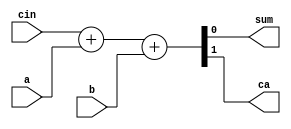
module full_Adder (a,b,cin,sum, ca);
input a, b,cin;
output sum, ca;
	// assign sum = a ^ b;
	// assign ca  = a&b;
	// sum =
	//cout = A.B|cin.(a&b)
    assign {ca,sum} =  cin + a + b;
endmodule